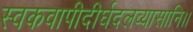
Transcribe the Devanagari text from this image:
स्वकवापीदीर्घदलव्यासानि।।